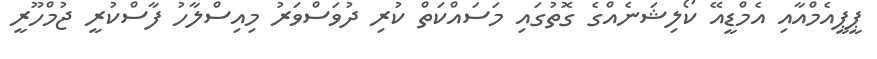
ޕީޕީއެމްއާއި އެމްޑީއޭ ކޯލިޝަނެއްގެ ގޮތުގައި މަސައްކަތް ކުރި ދުވަސްވަރު މިއިސްލާހު ފާސްކުރީ ޖުމްހޫރީ